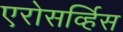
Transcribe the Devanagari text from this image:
एरोसर्व्हिस